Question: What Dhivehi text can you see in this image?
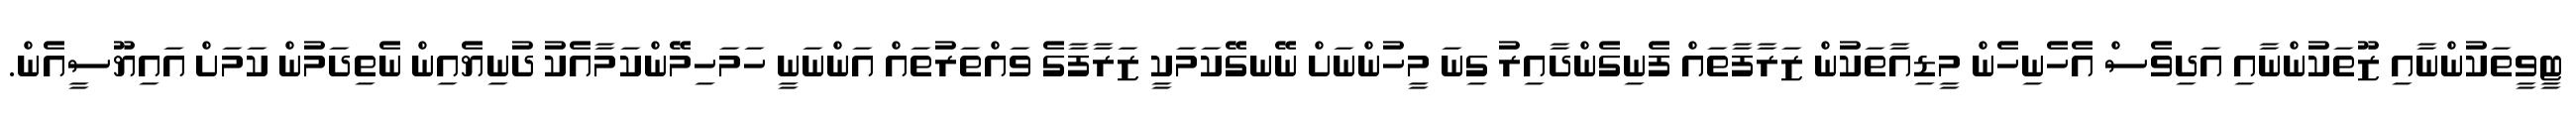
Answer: ޓީވީތަކުންނާއި ޒޫތަކުންނާއި އަދިވެސް އެހެނިހެން މީޑިއާތަކުން ޒަރާފާތައް ފެނިގެންދާއިރު ގިނަ މީހުންނަށް ނޭނގޭކަމަކީ ޒަރާފާގެ ވައްތަރުތައް އަންނަނީ ހަމަހިމޭންކަމާއެކު ދުނިޔެއިން ނެތިދަމުން ކަމަށް އައިޔޫސީއެން.